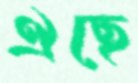
ঐছে